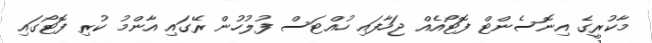
މާކުރީގެ އިނޮސެންޓް ފޮޓޯއެއް ޖަހާފައި ހުއްޓަސް ފުލުހުން ރޭގައި އާންމު ކުރި ފޮޓޯގައި